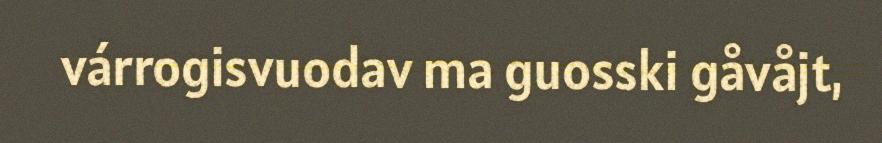
várrogisvuodav ma guosski gåvåjt,